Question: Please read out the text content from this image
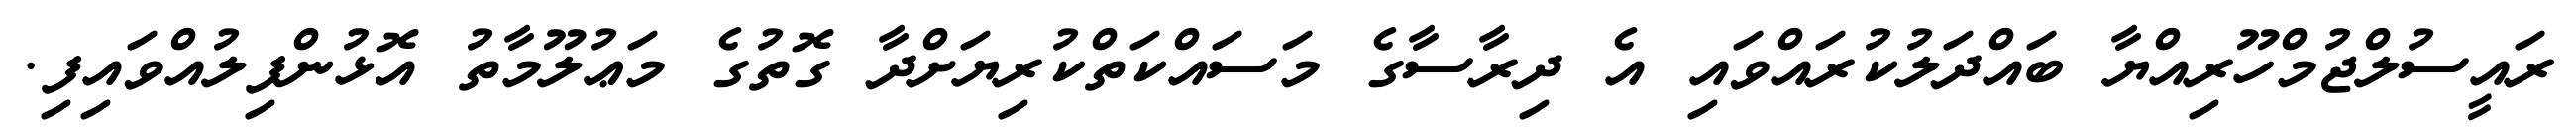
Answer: ރައީސުލްޖުމްހޫރިއްޔާ ބައްދަލުކުރައްވައި އެ ދިރާސާގެ މަސައްކަތްކުރިޔަށްދާ ގޮތުގެ މަޢުލޫމާތު އޮޅުންފިލުއްވައިފި.